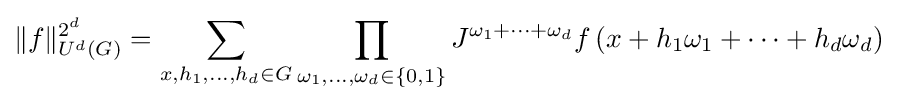
\Vert f\Vert _{U^{d}(G)}^{2^{d}}=\sum _{x,h_{1},\ldots ,h_{d}\in G}\prod _{\omega _{1},\ldots ,\omega _{d}\in \{0,1\}}J^{\omega _{1}+\cdots +\omega _{d}}f\left({x+h_{1}\omega _{1}+\cdots +h_{d}\omega _{d}}\right)\